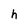
Character: h